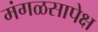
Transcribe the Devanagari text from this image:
मंगळसापेक्ष